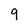
Character: 9